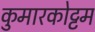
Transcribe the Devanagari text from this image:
कुमारकोट्टम